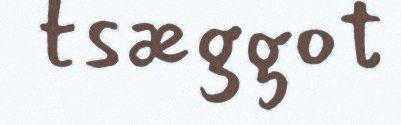
tsæggot